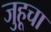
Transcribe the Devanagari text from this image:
जुहूचा